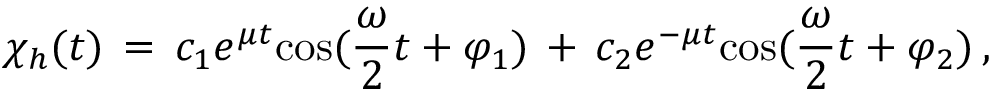
\chi _ { h } ( t ) \, = \, c _ { 1 } e ^ { \mu t } \mathrm { c o s } ( { \frac { \omega } { 2 } } t + \varphi _ { 1 } ) \, + \, c _ { 2 } e ^ { - \mu t } \mathrm { c o s } ( { \frac { \omega } { 2 } } t + \varphi _ { 2 } ) \, ,